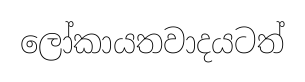
ලෝකායතවාදයටත්